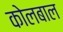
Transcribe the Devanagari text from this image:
कोलबाल